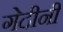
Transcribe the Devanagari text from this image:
गेदीनी